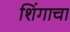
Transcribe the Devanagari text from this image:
शिंगाचा